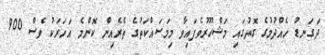
ދަގަނޑު ހެއްދުމުގެ ގޮތުގައި މަޝްހޫރުވެފައިވާ މިމަސައްކަތުގެ ތެރެއިން ކޮންމެ އަހަރަކު ވެސް 900